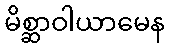
မိစ္ဆာဝါယာမေန